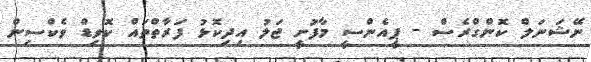
ނޭޝަނަލް ކޮންގްރެސް - ޕީއެންސީ މާފުށީ ޖަލު އިދިކޮޅު ފަރާތްތައް ކޮވިޑް ވެކްސިން